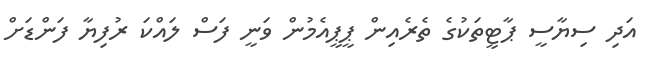
އަދި ސިޔާސީ ޕާޓީތަކުގެ ތެރެއިން ޕީޕީއެމުން ވަނީ ފަސް ލައްކަ ރުފިޔާ ފަންޑަށް